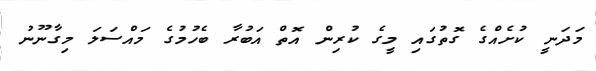
މަދަނީ ކުށެއްގެ ގޮތުގައި މީގެ ކުރިން އޮތް އަބުރާ ބެހުމުގެ މައްސަލަ މިގާނޫނު